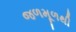
જળમૂળથી